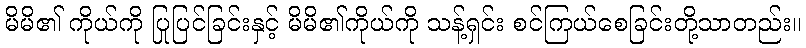
မိမိ၏ ကိုယ်ကို ပြုပြင်ခြင်းနှင့် မိမိ၏ကိုယ်ကို သန့်ရှင်း စင်ကြယ်စေခြင်းတို့သာတည်း။